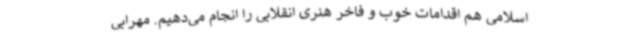
اسلامی هم اقدامات خوب و فاخر هنری انقلابی را انجام می‌دهیم. مهرابی